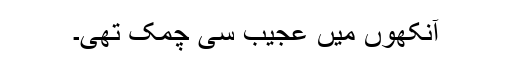
آنکھوں میں عجیب سی چمک تھی۔